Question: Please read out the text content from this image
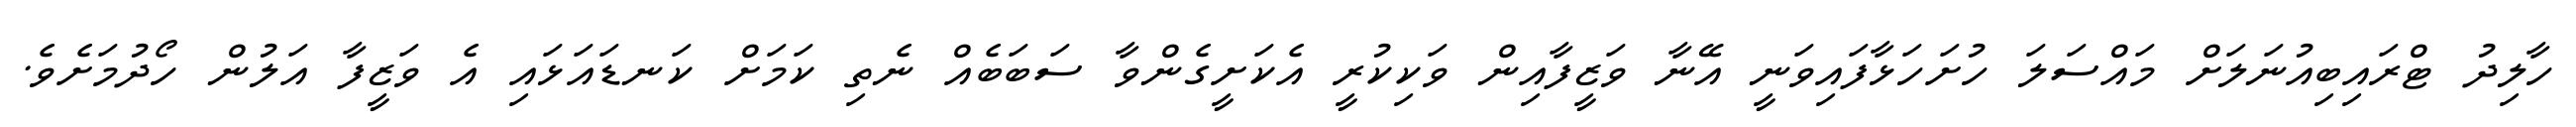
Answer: ހާލިދު ޓްރައިބިއުނަލަށް މައްސަލަ ހުށަހަޅާފައިވަނީ އޭނާ ވަޒީފާއިން ވަކިކުރީ އެކަށީގެންވާ ސަބަބެއް ނެތި ކަމަށް ކަނޑައަޅައި އެ ވަޒީފާ އަލުން ހޯދުމަށެވެ.